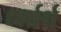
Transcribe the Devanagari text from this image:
र्ध्मार्थ